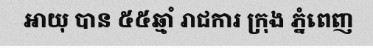
អាយុ បាន ៥៥ឆ្មាំ រាជការ ក្រុង ភ្នំពេញ